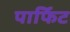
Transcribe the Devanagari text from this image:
पार्फिट